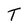
Character: T